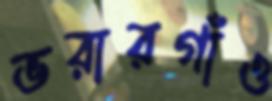
ভরারগাঁও